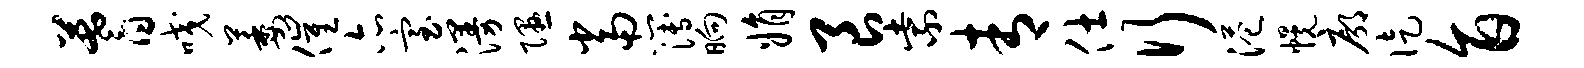
蓍咬萎催亦室漫隰当簿晌娟良紫青仕行港幌廓徒旨